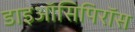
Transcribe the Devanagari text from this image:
डाइऑसिपिरॉस